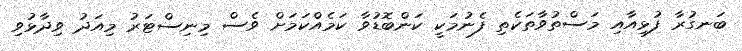
ބަނގުރާ ފުޅިއާއި މަސްތުވާތަކެތި ފެނުމަކީ ކަންބޮޑުވާ ކަމެއްކަމަށް ވެސް މިނިސްޓަރު މިއަދު ވިދާޅުވި